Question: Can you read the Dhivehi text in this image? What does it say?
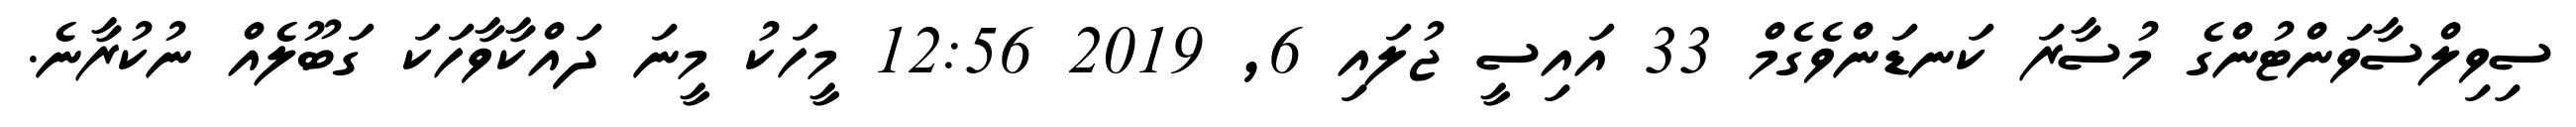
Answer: ސިވިލްސާވަންޓުންގެ މުސާރަ ކަނޑަންވެގެމް 33 އައިސީ ޖުލައި 6, 2019 12:56 މީހަކު މީނަ ދައްކާވާހަކަ ގަބޫލެއް ނުކުރާނެ.